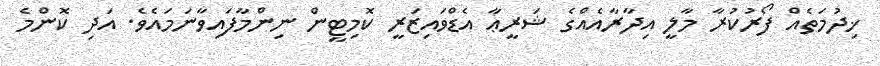
ޚިދުމަތެއް ފޯރުކުރާ މާލީ އިދާރާއެއްގެ ޝަރީޢާ އެޑްވައިޒަރީ ކޮމިޓީން ނިންމާފައިވާނަމައެވެ. އަދި ކޮންމެ